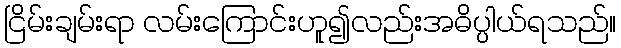
ငြိမ်းချမ်းရာ လမ်းကြောင်းဟူ၍လည်းအဓိပ္ပါယ်ရသည်။